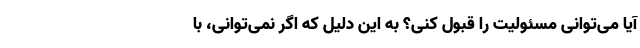
آیا می‌توانی مسئولیت را قبول کنی؟ به این دلیل که اگر نمی‌توانی، با